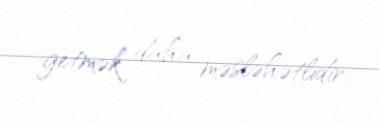
getmək daha məsləhətlidir.